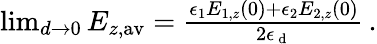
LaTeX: \begin{array}{r}{\operatorname*{lim}_{d\rightarrow 0}E_{z,\mathrm{av}}=\frac{\epsilon_{1}E_{1,z}(0)+\epsilon_{2}E_{2,z}(0)}{2\epsilon_{\mathrm{~d~}}}\, .}\end{array}